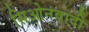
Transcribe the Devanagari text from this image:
सिओनवादी